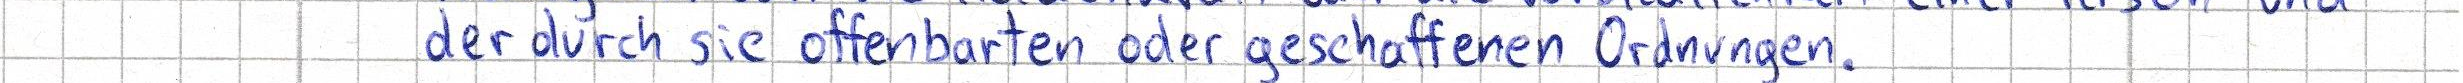
der durch sie offenbarten oder geschaffenen Ordnungen.